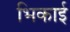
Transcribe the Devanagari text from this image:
भिकाई